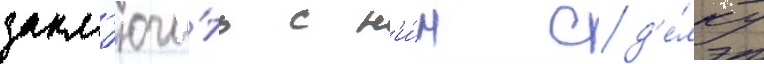
закл'ючи́ть с н'и́м сд'е́лку